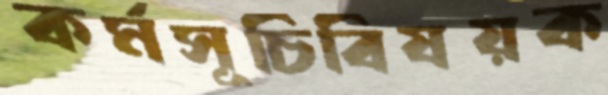
কর্মসূচিবিষয়ক